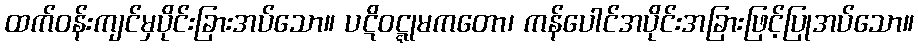
ထက်ဝန်းကျင်မှပိုင်းခြားအပ်သော။ ပဋိဝဋ္ဋုမကတော၊ ကန်ပေါင်အပိုင်းအခြားဖြင့်ပြုအပ်သော။